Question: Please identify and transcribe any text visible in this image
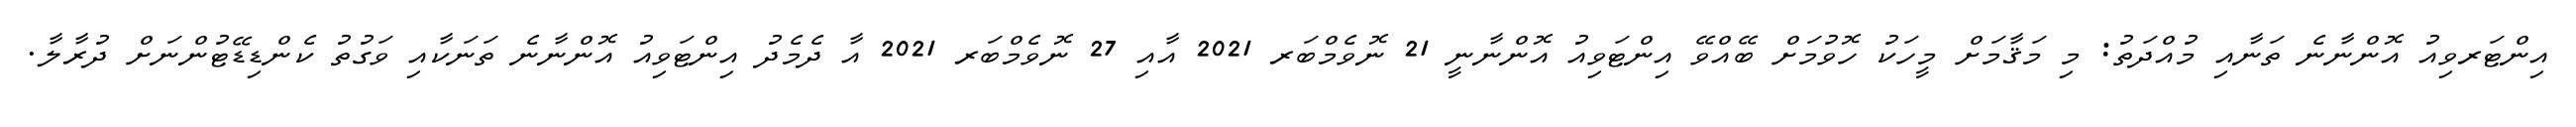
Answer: އިންޓަރވިއު އޮންނާނެ ތަނާއި މުއްދަތު: މި މަޤާމަށް މީހަކު ހޮވުމަށް ބޭއްވޭ އިންޓަވިއު އޮންނާނީ 21 ނޮވެމްބަރ 2021 އާއި 27 ނޮވެމްބަރ 2021 އާ ދެމެދު އިންޓަވިއު އޮންނާނެ ތަނަކާއި ވަގުތު ކެންޑިޑޭޓުންނަށް ދުރާލާ.